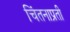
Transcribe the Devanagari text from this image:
चिंतनाप्रती